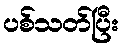
ပစ်သတ်ပြီး